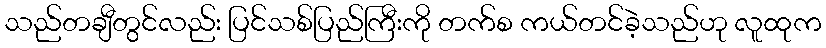
သည်တချီတွင်လည်း ပြင်သစ်ပြည်ကြီးကို တက်စ ကယ်တင်ခဲ့သည်ဟု လူထုက